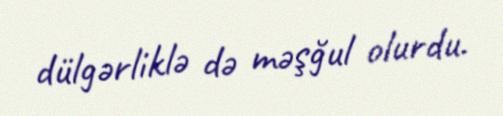
dülgərliklə də məşğul olurdu.